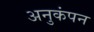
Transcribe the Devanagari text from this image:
अनुकंपन